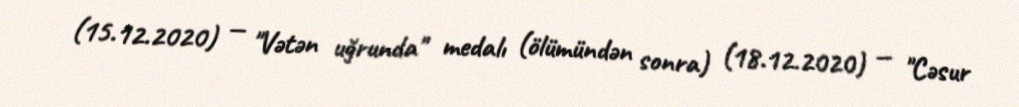
(15.12.2020) — "Vətən uğrunda" medalı (ölümündən sonra) (18.12.2020) — "Cəsur